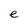
Character: e